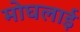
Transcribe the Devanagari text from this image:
मोघलाई